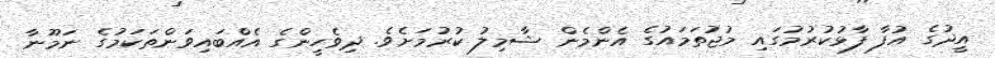
އީދުގެ އުފާ ފާޅުކުރުމުގައި މުޖުތަމައުގެ އެންމެން ޝާމިލު ކުރުމަށެވެ. ދިވެހީންގެ އެއްބައިވަންތަކަމުގެ ނަމޫނާ